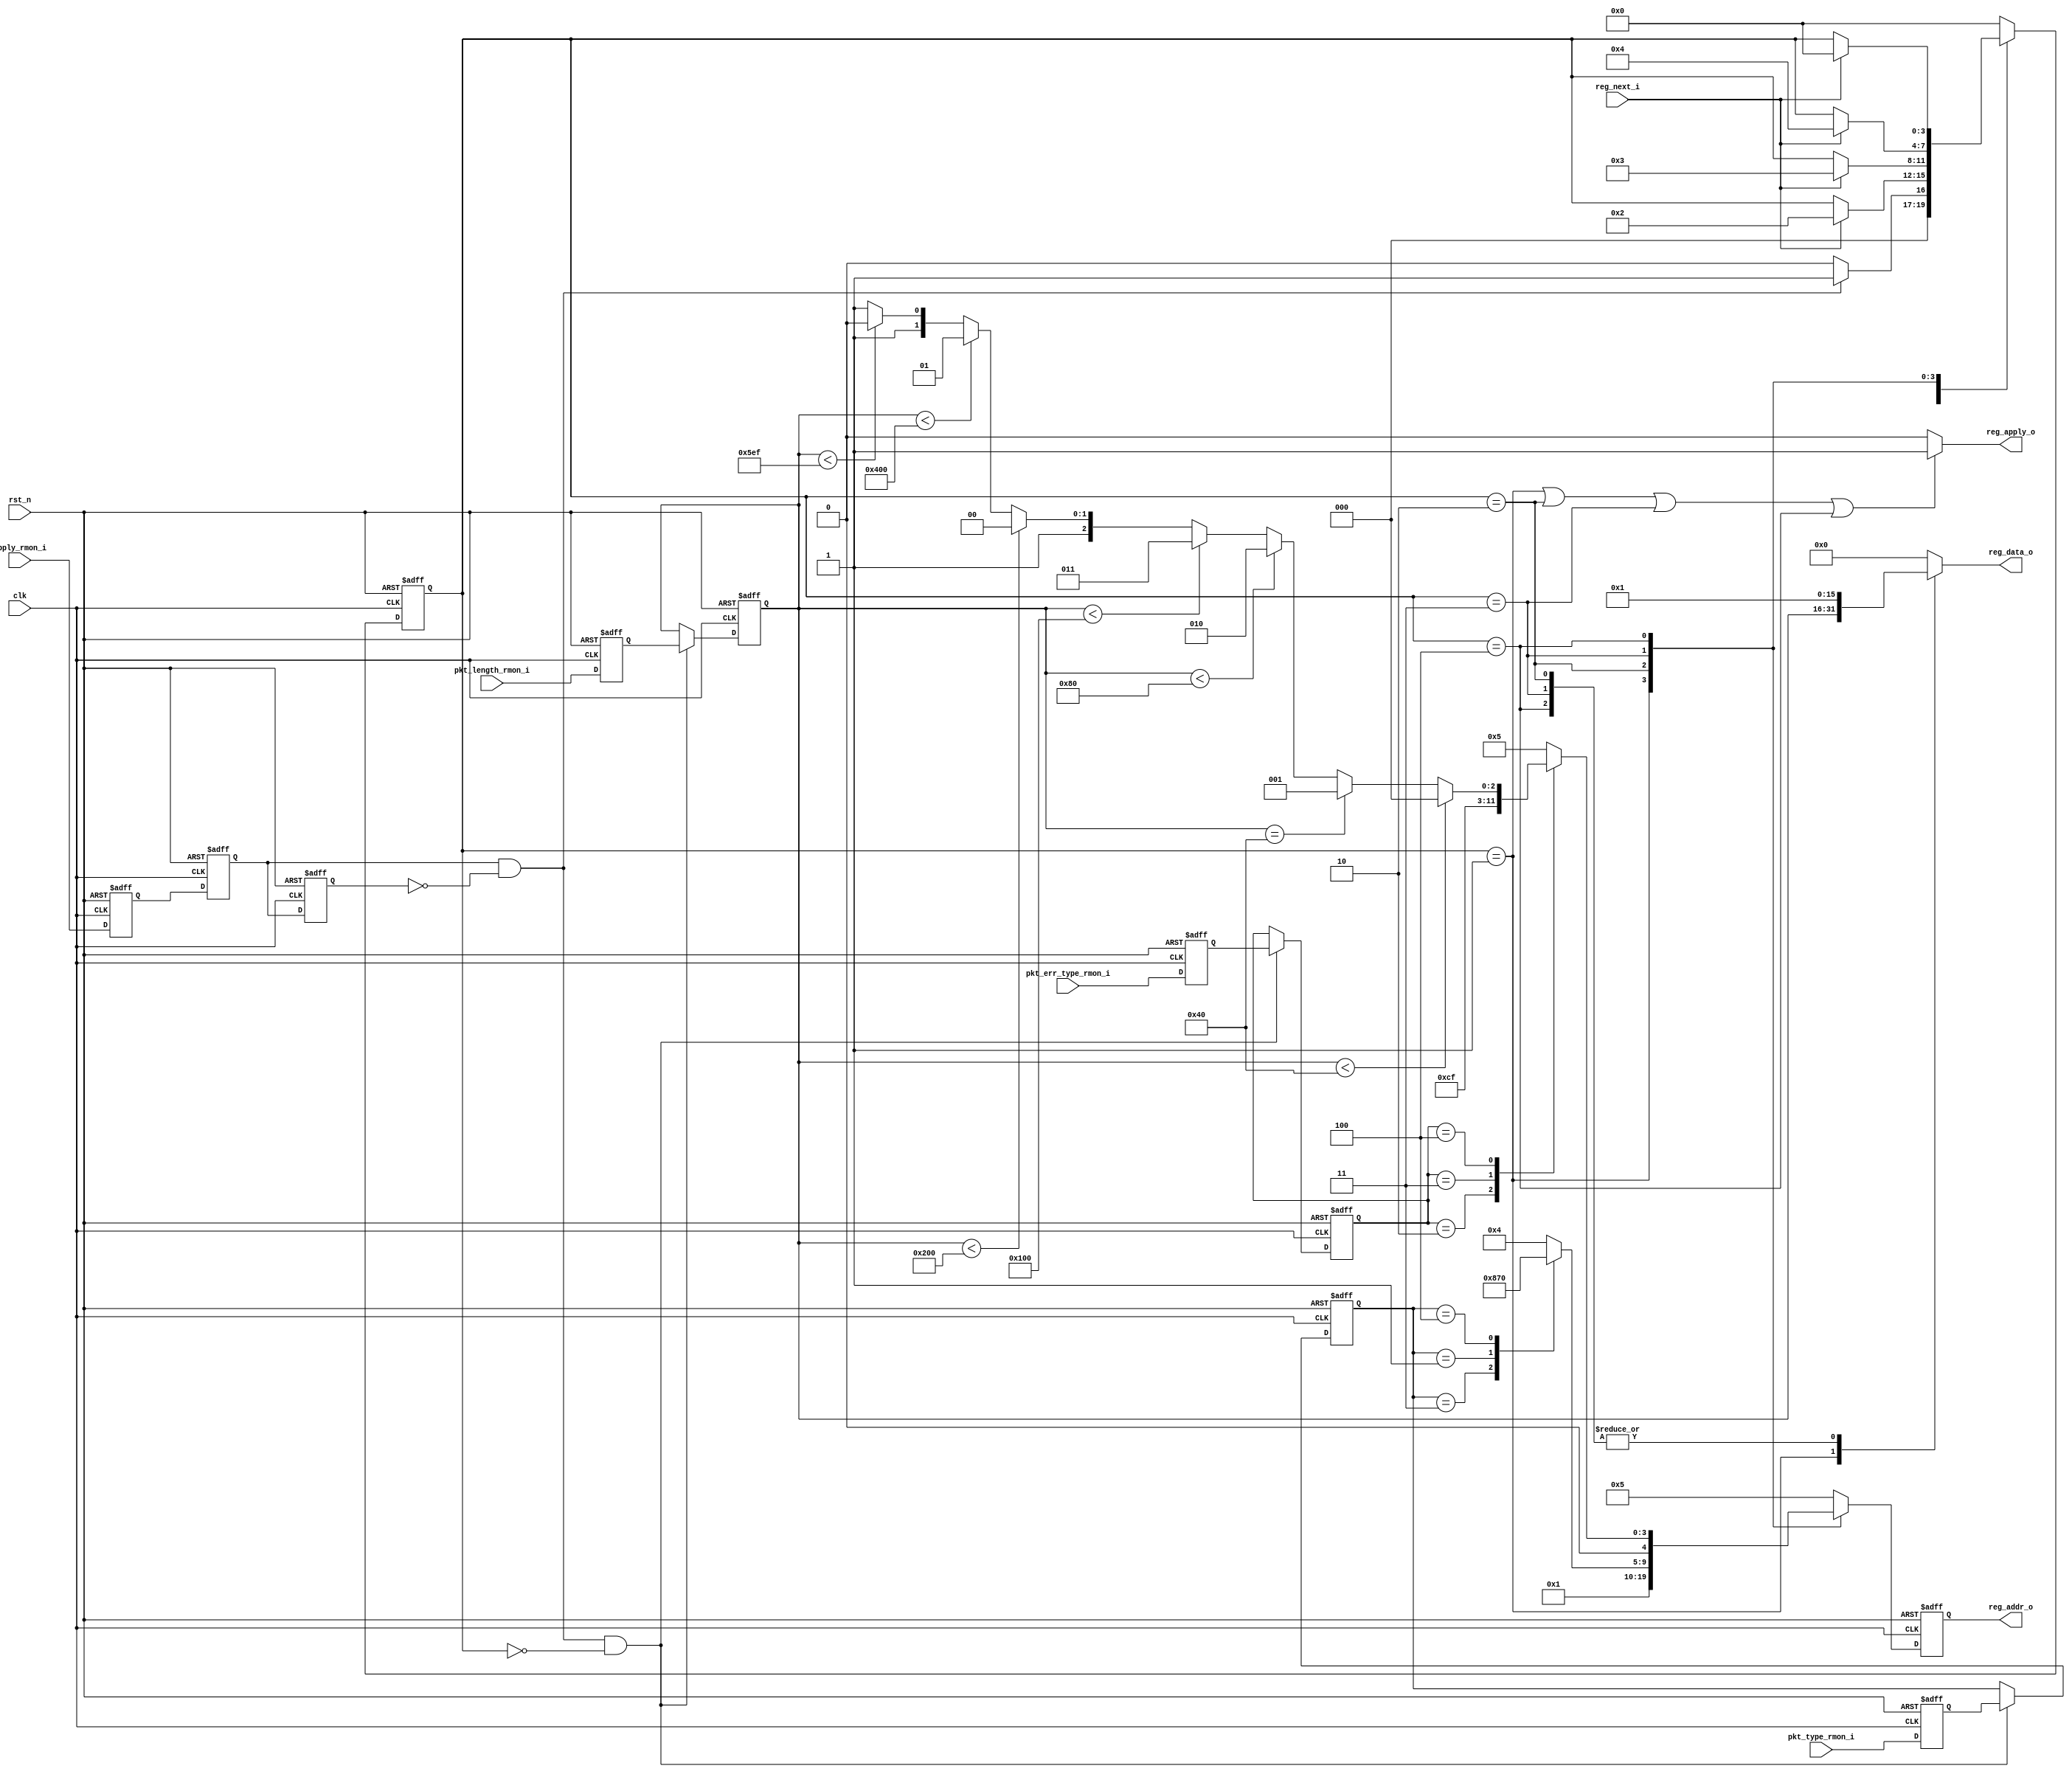
// This program was cloned from: https://github.com/lvzhengde/tsn-soc
// License: BSD 3-Clause "New" or "Revised" License

/*+
 * Copyright (c) 2022-2023 Zhengde
 * 
 * All rights reserved.
 * 
 * Redistribution and use in source and binary forms, with or without
 * modification, are permitted provided that the following conditions are met:
 * 
 * 1 Redistributions of source code must retain the above copyright notice, this
 *   list of conditions and the following disclaimer.
 * 
 * 2 Redistributions in binary form must reproduce the above copyright notice,
 *   this list of conditions and the following disclaimer in the documentation
 *   and/or other materials provided with the distribution.
 * 
 * 3 Neither the name of the copyright holder nor the names of its
 *   contributors may be used to endorse or promote products derived from
 *   this software without specific prior written permission.
 * 
 * THIS SOFTWARE IS PROVIDED BY THE COPYRIGHT HOLDERS AND CONTRIBUTORS "AS IS"
 * AND ANY EXPRESS OR IMPLIED WARRANTIES, INCLUDING, BUT NOT LIMITED TO, THE
 * IMPLIED WARRANTIES OF MERCHANTABILITY AND FITNESS FOR A PARTICULAR PURPOSE ARE
 * DISCLAIMED. IN NO EVENT SHALL THE COPYRIGHT HOLDER OR CONTRIBUTORS BE LIABLE
 * FOR ANY DIRECT, INDIRECT, INCIDENTAL, SPECIAL, EXEMPLARY, OR CONSEQUENTIAL
 * DAMAGES (INCLUDING, BUT NOT LIMITED TO, PROCUREMENT OF SUBSTITUTE GOODS OR
 * SERVICES; LOSS OF USE, DATA, OR PROFITS; OR BUSINESS INTERRUPTION) HOWEVER
 * CAUSED AND ON ANY THEORY OF LIABILITY, WHETHER IN CONTRACT, STRICT LIABILITY,
 * OR TORT (INCLUDING NEGLIGENCE OR OTHERWISE) ARISING IN ANY WAY OUT OF THE USE
 * OF THIS SOFTWARE, EVEN IF ADVISED OF THE POSSIBILITY OF SUCH DAMAGE.
-*/

/*+
 *  EMAC RMON MIB address generator
-*/

module emac_rmon_addr_gen (
    input               clk                 ,
    input               rst_n               ,
    //RMON
    input  [2:0]        pkt_type_rmon_i       ,
    input  [15:0]       pkt_length_rmon_i     ,
    input               apply_rmon_i          , //pulse similar to eop
    input  [2:0]        pkt_err_type_rmon_i   ,
    //emac_rmon_ctrl interface
    output reg          reg_apply_o           ,
    output reg [4:0]    reg_addr_o            ,
    output reg [15:0]   reg_data_o            ,
    input               reg_next_i            
);
    //++
    //internal signals                                                              
    //--
    
    parameter       IDLE        = 4'd0;
    parameter       PKT_LENGTH  = 4'd1;
    parameter       PKT_NUMBER  = 4'd2;
    parameter       PKT_TYPE    = 4'd3;
    parameter       PKT_RANGE   = 4'd4;

    reg  [3:0]      current_state /* synthesys syn_keep=1 */;
    reg  [3:0]      next_state;
         
    reg  [2:0]      pkt_type_reg      ;
    reg  [15:0]     pkt_length_reg    ;
    reg  [2:0]      pkt_err_type_reg  ;
    
    //++
    //latch boundery signals    
    //--
    
    reg              apply_rmon_d1    ;
    reg              apply_rmon_d2    ;
    reg              apply_rmon_d3    ;
    wire             apply_rmon_pulse ;

    reg  [2:0]       pkt_type_rmon_d1       ;
    reg  [15:0]      pkt_length_rmon_d1     ;
    reg  [2:0]       pkt_err_type_rmon_d1   ;

    always @(posedge clk or negedge rst_n) begin
        if(!rst_n) begin
            pkt_type_rmon_d1     <= 0;
            pkt_length_rmon_d1   <= 0;
            pkt_err_type_rmon_d1 <= 0;
        end              
        else begin
            pkt_type_rmon_d1     <= pkt_type_rmon_i     ;   
            pkt_length_rmon_d1   <= pkt_length_rmon_i   ;
            pkt_err_type_rmon_d1 <= pkt_err_type_rmon_i ;
        end 
    end

    always @(posedge clk or negedge rst_n) begin
        if(!rst_n) begin
            apply_rmon_d1 <= 0;
            apply_rmon_d2 <= 0;
            apply_rmon_d3 <= 0;
        end
        else begin
            apply_rmon_d1 <= apply_rmon_i;
            apply_rmon_d2 <= apply_rmon_d1;
            apply_rmon_d3 <= apply_rmon_d2;
        end 
    end

    assign apply_rmon_pulse = (apply_rmon_d2 & !apply_rmon_d3);
    
    always @(posedge clk or negedge rst_n) begin
        if(!rst_n) begin
            pkt_type_reg     <= 0;
            pkt_length_reg   <= 0;
            pkt_err_type_reg <= 0;    
        end
        else if(apply_rmon_pulse && current_state==IDLE) begin
            pkt_type_reg     <= pkt_type_rmon_d1     ;
            pkt_length_reg   <= pkt_length_rmon_d1   ;
            pkt_err_type_reg <= pkt_err_type_rmon_d1 ;    
        end     
    end

    //++
    //State Machine                                                             
    //--

    always @(posedge clk or negedge rst_n) begin
        if(!rst_n)
            current_state <= IDLE;
        else
            current_state <= next_state;
    end
        
    always @(*) begin
        case(current_state)
            IDLE:
                if(apply_rmon_pulse)
                    next_state = PKT_LENGTH;
                else
                    next_state = IDLE;

            PKT_LENGTH:
                if(reg_next_i)
                    next_state = PKT_NUMBER;
                else
                    next_state = current_state;

            PKT_NUMBER:
                if(reg_next_i)
                    next_state = PKT_TYPE;
                else             
                    next_state = current_state;

            PKT_TYPE:
                if(reg_next_i)
                    next_state = PKT_RANGE;
                else             
                    next_state = current_state;

            PKT_RANGE:
                if(reg_next_i)
                    next_state = IDLE;
                else             
                    next_state = current_state;

            default:
                    next_state = IDLE;
        endcase 
    end
            
    //++
    //generate output signals                                                            
    //--

    //reg_apply
    always @(*) begin
        if(current_state == PKT_LENGTH || current_state == PKT_NUMBER ||
            current_state == PKT_TYPE || current_state == PKT_RANGE)
            reg_apply_o = 1;
        else
            reg_apply_o = 0;
    end
            
    //reg_addr
    always @(posedge clk or negedge rst_n) begin
        if(!rst_n)
            reg_addr_o <= 0;
        else begin
            case(current_state)
                PKT_LENGTH:
                    reg_addr_o <= 5'd00;

                PKT_NUMBER:
                    reg_addr_o <= 5'd01;

                PKT_TYPE:
                    case(pkt_type_reg)
                        3'b011:
                            reg_addr_o <= 5'd02;    //broadcast
                        3'b001:
                            reg_addr_o <= 5'd03;    //multicast 
                        3'b100:
                            reg_addr_o <= 5'd16;    //pause frame   
                        default:
                            reg_addr_o <= 5'd04;    //unicast
                    endcase

                PKT_RANGE:
                    case(pkt_err_type_reg)
                        3'b001:
                            reg_addr_o <= 5'd05; 
                        3'b010:
                            reg_addr_o <= 5'd06;    
                        3'b011:
                            reg_addr_o <= 5'd07;    
                        3'b100:
                            if(pkt_length_reg < 64)    
                                reg_addr_o <= 5'd08; 
                            else if(pkt_length_reg == 64)
                                reg_addr_o <= 5'd09; 
                            else if(pkt_length_reg < 128)
                                reg_addr_o <= 5'd10; 
                            else if(pkt_length_reg < 256)
                                reg_addr_o <= 5'd11; 
                            else if(pkt_length_reg < 512)
                                reg_addr_o <= 5'd12; 
                            else if(pkt_length_reg < 1024)
                                reg_addr_o <= 5'd13; 
                            else if(pkt_length_reg < 1519)
                                reg_addr_o <= 5'd14; 
                            else
                                reg_addr_o <= 5'd15; 
                        default:
                            reg_addr_o <= 5'd05;
                    endcase

                default:
                        reg_addr_o <= 5'd05;
            endcase
        end
    end
                
    //reg_data
    always @(*) begin
        case(current_state)
            PKT_LENGTH:
                reg_data_o = pkt_length_reg;
            PKT_NUMBER:
                reg_data_o = 1;
            PKT_TYPE:
                reg_data_o = 1;
            PKT_RANGE:
                reg_data_o = 1;
            default:
                reg_data_o = 0;
        endcase
    end
    
endmodule